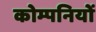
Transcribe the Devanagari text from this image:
कोम्पनियों